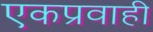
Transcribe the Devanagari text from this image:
एकप्रवाही